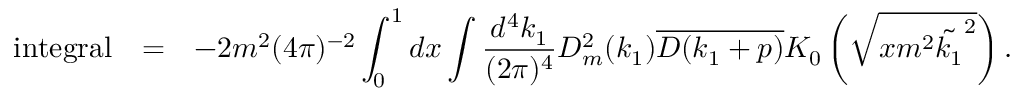
\begin{array} { r c l } { { \mathrm { i n t e g r a l } } } & { { = } } & { { \displaystyle - 2 m ^ { 2 } ( 4 \pi ) ^ { - 2 } \int _ { 0 } ^ { 1 } d x \int \frac { d ^ { 4 } k _ { 1 } } { ( 2 \pi ) ^ { 4 } } D _ { m } ^ { 2 } ( k _ { 1 } ) \overline { { { D ( k _ { 1 } + p ) } } } K _ { 0 } \left( \sqrt { x m ^ { 2 } \tilde { k _ { 1 } } ^ { 2 } } \right) . } } \end{array}